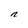
Character: n